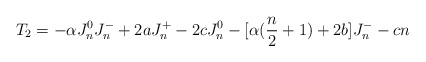
\begin{align*} T_2 = -\alpha J^0_n J^-_n + 2a J^+_n - 2c J^0_n - [\alpha ({n\over 2}+1)+ 2b]J^-_n - cn\end{align*}